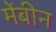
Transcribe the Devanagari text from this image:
मेंबीन